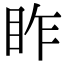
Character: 𥅁